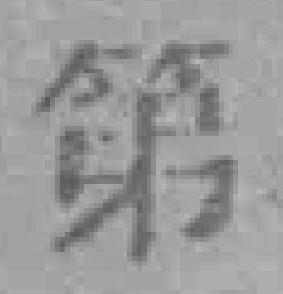
第